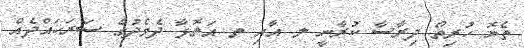
ތެޔޮ ހުރިތޯ ދިރާސާ ކުރާނީ ލ އާއި ތ އަތޮޅާ ދެމެދުގެ ސަރަހައްދެއް